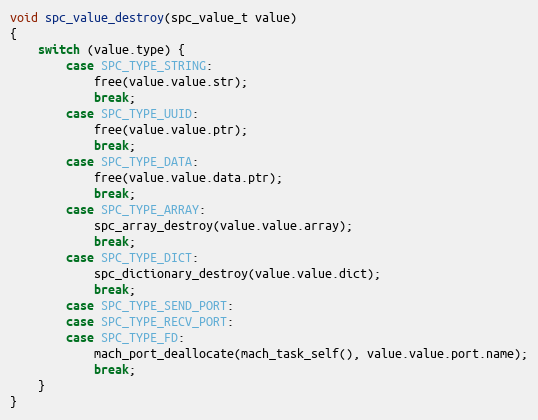
Language: C
void spc_value_destroy(spc_value_t value)
{
    switch (value.type) {
        case SPC_TYPE_STRING:
            free(value.value.str);
            break;
        case SPC_TYPE_UUID:
            free(value.value.ptr);
            break;
        case SPC_TYPE_DATA:
            free(value.value.data.ptr);
            break;
        case SPC_TYPE_ARRAY:
            spc_array_destroy(value.value.array);
            break;
        case SPC_TYPE_DICT:
            spc_dictionary_destroy(value.value.dict);
            break;
        case SPC_TYPE_SEND_PORT:
        case SPC_TYPE_RECV_PORT:
        case SPC_TYPE_FD:
            mach_port_deallocate(mach_task_self(), value.value.port.name);
            break;
    }
}